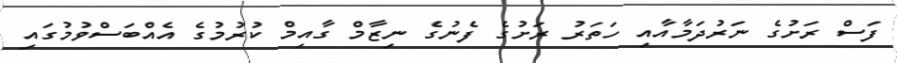
ފަސް ރަށުގެ ނަރުދަމާއާއި ހަތަރު ރަށުގެ ފެނުގެ ނިޒާމް ގާއިމް ކުރުމުގެ އެއްބަސްވުމުގައި